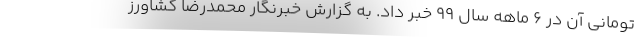
تومانی آن در 6 ماهه سال 99 خبر داد. به گزارش خبرنگار محمدرضا کشاورز